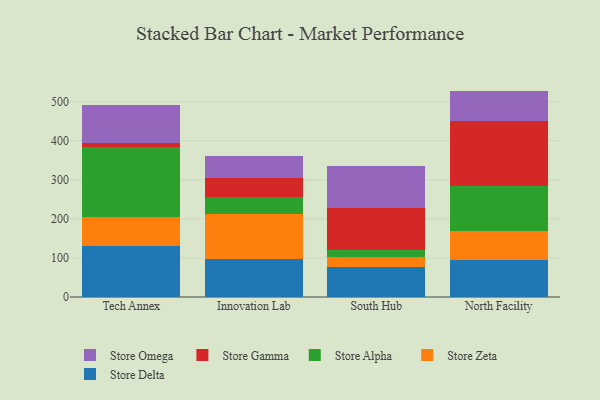
{"axis": {"x": "Campus", "y": "Production Output"}, "legend": ["Store Alpha", "Store Delta", "Store Gamma", "Store Omega", "Store Zeta"], "data": [{"x": "Tech Annex", "y": 129.5, "type": "Store Delta"}, {"x": "Tech Annex", "y": 75.0, "type": "Store Zeta"}, {"x": "Tech Annex", "y": 178.3, "type": "Store Alpha"}, {"x": "Tech Annex", "y": 11.3, "type": "Store Gamma"}, {"x": "Tech Annex", "y": 96.3, "type": "Store Omega"}, {"x": "Innovation Lab", "y": 97.6, "type": "Store Delta"}, {"x": "Innovation Lab", "y": 114.1, "type": "Store Zeta"}, {"x": "Innovation Lab", "y": 43.2, "type": "Store Alpha"}, {"x": "Innovation Lab", "y": 50.8, "type": "Store Gamma"}, {"x": "Innovation Lab", "y": 56.1, "type": "Store Omega"}, {"x": "South Hub", "y": 76.4, "type": "Store Delta"}, {"x": "South Hub", "y": 27.1, "type": "Store Zeta"}, {"x": "South Hub", "y": 16.3, "type": "Store Alpha"}, {"x": "South Hub", "y": 107.3, "type": "Store Gamma"}, {"x": "South Hub", "y": 108.0, "type": "Store Omega"}, {"x": "North Facility", "y": 93.6, "type": "Store Delta"}, {"x": "North Facility", "y": 75.4, "type": "Store Zeta"}, {"x": "North Facility", "y": 116.0, "type": "Store Alpha"}, {"x": "North Facility", "y": 166.5, "type": "Store Gamma"}, {"x": "North Facility", "y": 76.0, "type": "Store Omega"}]}